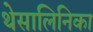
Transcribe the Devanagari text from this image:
थेसालिनिका